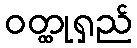
ဝတ္ထုရှည်